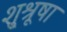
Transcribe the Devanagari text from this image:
शु्श्रूषा